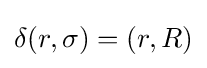
\delta (r,\sigma )=(r,R)